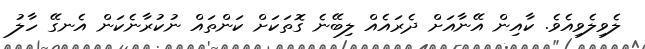
ލެވިލެވިއެވެ. ކާއިން އޭނާއަށް ދެރައެއް ލިބޭނެ ގޮތަކަށް ކަންތައް ނުކުރާނެކަން އެނގޭ ހާލު